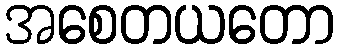
အစေတယတော